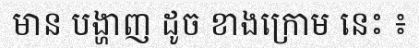
មាន បង្ហាញ ដូច ខាងក្រោម នេះ ៖